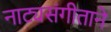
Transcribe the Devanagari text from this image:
नाट्यसंगीताने